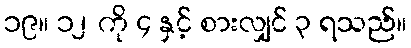
၁၉။ ၁၂ ကို ၄ နှင့် စားလျှင် ၃ ရသည်။